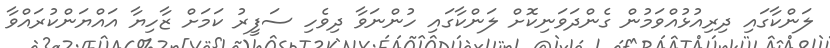
ލަންކާގައި ދިރިއުޅުއްވަމުން ގެންދަވަނިކޮށް ލަންކާގައި ހުންނަވާ ދިވެހި ސަފީރު ކަމަށް ޒާހިޔާ އައްޔަންކުރައްވާ